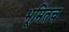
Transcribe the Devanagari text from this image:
भूमितच